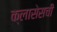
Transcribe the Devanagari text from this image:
क्लासेसची